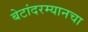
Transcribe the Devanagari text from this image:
बेटांदरम्यानचा